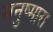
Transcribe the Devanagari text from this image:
मनुष्मारा